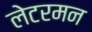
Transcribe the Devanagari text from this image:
लेटरमन